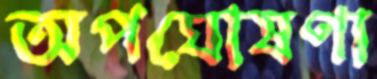
অপঘোষণা